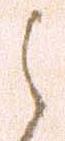
之